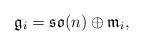
LaTeX: \begin{align*} \mathfrak{g}_i=\mathfrak{so}(n)\oplus \mathfrak{m}_i, \end{align*}